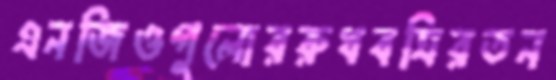
এনজিওগুলোররুধবত্রিরতন